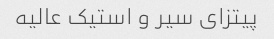
پیتزای سیر و استیک عالیه